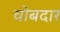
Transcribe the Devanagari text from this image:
चोबदार